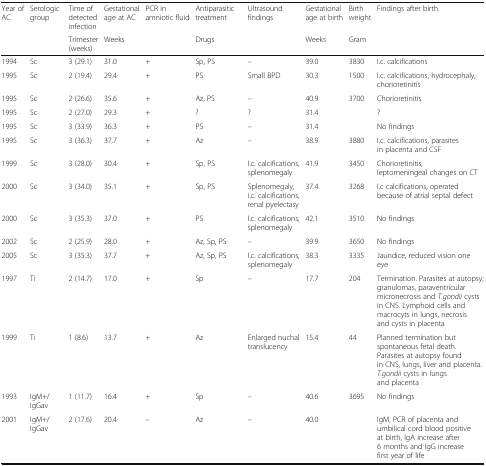
<table><thead><tr><td><b>Year of AC</b></td><td><b>Serologic group</b></td><td><b>Time of detected infection</b></td><td><b>Gestational age at AC</b></td><td><b>PCR in amniotic fluid</b></td><td><b>Antiparasitic treatment</b></td><td><b>Ultrasound findings</b></td><td><b>Gestational age at birth</b></td><td><b>Birth weight</b></td><td><b>Findings after birth</b></td></tr><tr><td></td><td></td><td><b>Trimester (weeks)</b></td><td><b>Weeks</b></td><td></td><td><b>Drugs</b></td><td></td><td><b>Weeks</b></td><td><b>Gram</b></td><td></td></tr></thead><tbody><tr><td>1994</td><td>Sc</td><td>3 (29.1)</td><td>31.0</td><td>+</td><td>Sp, PS</td><td>–</td><td>39.0</td><td>3830</td><td>I.c. calcifications</td></tr><tr><td>1995</td><td>Sc</td><td>2 (19.4)</td><td>29.4</td><td>+</td><td>PS</td><td>Small BPD</td><td>30.3</td><td>1500</td><td>I.c. calcifications, hydrocephaly, chorioretinitis</td></tr><tr><td>1995</td><td>Sc</td><td>2 (26.6)</td><td>35.6</td><td>+</td><td>Az, PS</td><td>–</td><td>40.9</td><td>3700</td><td>Chorioretinitis</td></tr><tr><td>1995</td><td>Sc</td><td>2 (27.0)</td><td>29.3</td><td>+</td><td>?</td><td>?</td><td>31.4</td><td></td><td>?</td></tr><tr><td>1995</td><td>Sc</td><td>3 (33.9)</td><td>36.3</td><td>+</td><td>PS</td><td>–</td><td>31.4</td><td></td><td>No findings</td></tr><tr><td>1995</td><td>Sc</td><td>3 (36.3)</td><td>37.7</td><td>+</td><td>Az</td><td>–</td><td>38.9</td><td>3880</td><td>I.c. calcifications, parasites in placenta and CSF</td></tr><tr><td>1999</td><td>Sc</td><td>3 (28.0)</td><td>30.4</td><td>+</td><td>Sp, PS</td><td>I.c. calcifications, splenomegaly</td><td>41.9</td><td>3450</td><td>Chorioretinitis, leptomeningeal changes on CT</td></tr><tr><td>2000</td><td>Sc</td><td>3 (34.0)</td><td>35.1</td><td>+</td><td>Sp, PS</td><td>Splenomegaly, i.c. calcifications, renal pyelectasy</td><td>37.4</td><td>3268</td><td>I.c calcifications, operated because of atrial septal defect</td></tr><tr><td>2000</td><td>Sc</td><td>3 (35.3)</td><td>37.0</td><td>+</td><td>PS</td><td>I.c. calcifications, splenomegaly</td><td>42.1</td><td>3510</td><td>No findings</td></tr><tr><td>2002</td><td>Sc</td><td>2 (25.9)</td><td>28.0</td><td>+</td><td>Az, Sp, PS</td><td>–</td><td>39.9</td><td>3650</td><td>No findings</td></tr><tr><td>2005</td><td>Sc</td><td>3 (35.3)</td><td>37.7</td><td>+</td><td>Az, Sp, PS</td><td>I.c. calcifications, splenomegaly</td><td>38.3</td><td>3335</td><td>Jaundice, reduced vision one eye</td></tr><tr><td>1997</td><td>Ti</td><td>2 (14.7)</td><td>17.0</td><td>+</td><td>Sp</td><td>–</td><td>17.7</td><td>204</td><td>Termination. Parasites at autopsy; granulomas, paraventricular micronecrosis and <i>T.gondii</i> cysts in CNS. Lymphoid cells and macrocyts in lungs, necrosis and cysts in placenta</td></tr><tr><td>1999</td><td>Ti</td><td>1 (8.6)</td><td>13.7</td><td>+</td><td>Az</td><td>Enlarged nuchal translucency</td><td>15.4</td><td>44</td><td>Planned termination but spontaneous fetal death. Parasites at autopsy found in CNS, lungs, liver and placenta. <i>T.gondii</i> cysts in lungs and placenta</td></tr><tr><td>1993</td><td>IgM+/IgGav</td><td>1 (11.7)</td><td>16.4</td><td>+</td><td>Sp</td><td>–</td><td>40.6</td><td>3695</td><td>No findings</td></tr><tr><td>2001</td><td>IgM+/IgGav</td><td>2 (17.6)</td><td>20.4</td><td>–</td><td>Az</td><td>–</td><td>40.0</td><td></td><td>IgM, PCR of placenta and umbilical cord blood positive at birth, IgA increase after 6 months and IgG increase first year of life</td></tr></tbody></table>